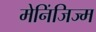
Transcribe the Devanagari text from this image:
मेनिंजिज्म